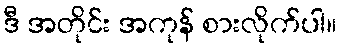
ဒီ အတိုင်း အကုန် စားလိုက်ပါ။